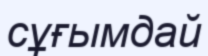
сұғымдай